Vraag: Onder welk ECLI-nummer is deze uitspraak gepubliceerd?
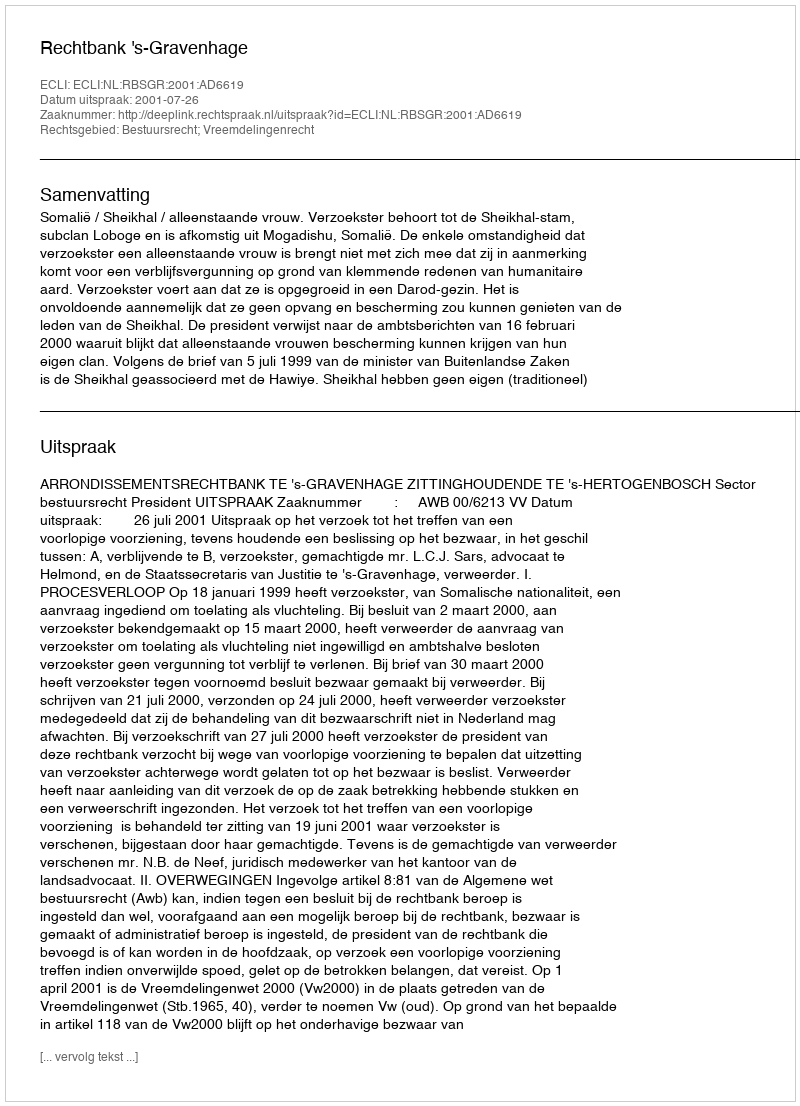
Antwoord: ECLI:NL:RBSGR:2001:AD6619